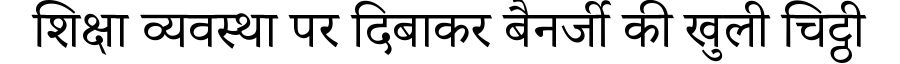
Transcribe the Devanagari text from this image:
शिक्षा व्यवस्था पर दिबाकर बैनर्जी की खुली चिट्ठी